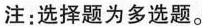
注：选择题为多选题。